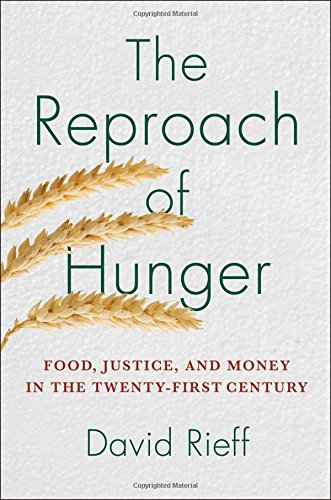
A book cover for The Reproach of Hunger: Food, Justice, and Money in the Twenty-First Century; David Rieff; Science & Math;